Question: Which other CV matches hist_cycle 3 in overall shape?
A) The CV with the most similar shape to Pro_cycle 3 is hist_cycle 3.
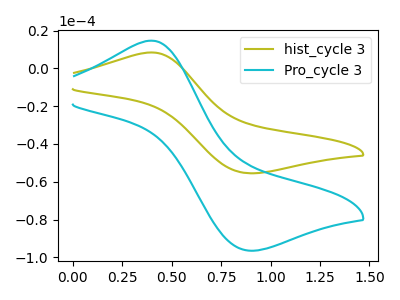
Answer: <think>The olive curve "hist_cycle 3" has an anodic peak at (0.40V, 8.45uA) and a cathodic peak at (0.90V, -55.50uA). The cyan curve "Pro_cycle 3" has an anodic peak at (0.40V, 14.70uA) and a cathodic peak at (0.90V, -96.45uA).
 All the peaks in "hist_cycle 3" have a peak in "Pro_cycle 3" at the same potential. Every peak in "hist_cycle 3" is lower than every peak in "Pro_cycle 3".</think>
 <answer>A) The CV with the most similar shape to "Pro_cycle 3" is "hist_cycle 3".</answer>
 <eval>A</eval>